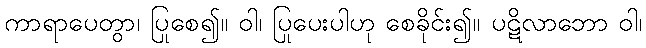
ကာရာပေတွာ၊ ပြုစေ၍။ ဝါ၊ ပြုပေးပါဟု စေခိုင်း၍။ ပဋိလာဘော ဝါ၊